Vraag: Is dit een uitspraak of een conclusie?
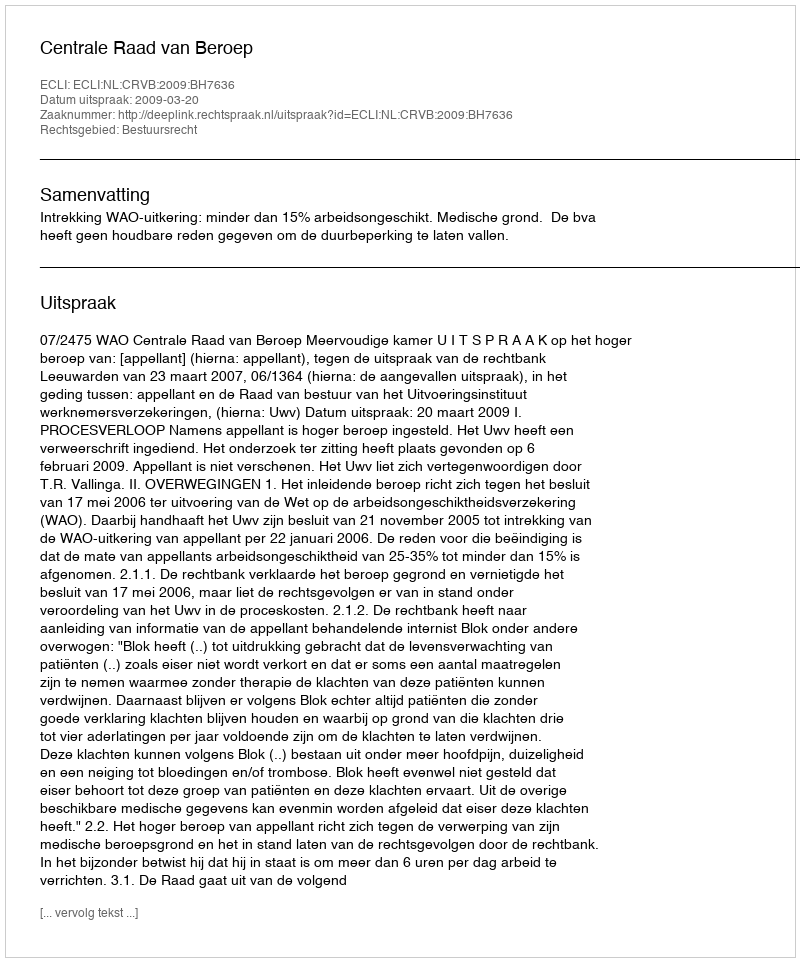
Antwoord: Uitspraak